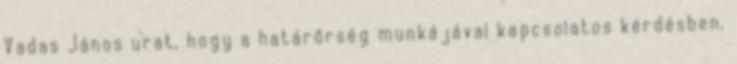
Vadas János urat, hogy a határőrség munkájával kapcsolatos kérdésben,